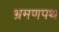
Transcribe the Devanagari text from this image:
भ्रमणपथ